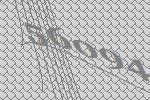
56094